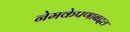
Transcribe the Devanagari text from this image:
नेमकेपणाबद्दल